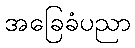
အခြေခံပညာ